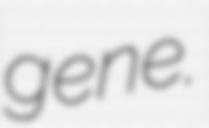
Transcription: gene.